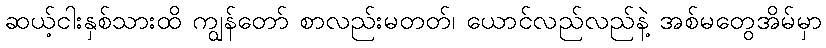
ဆယ့်ငါးနှစ်သားထိ ကျွန်တော် စာလည်းမတတ်၊ ယောင်လည်လည်နဲ့ အစ်မတွေအိမ်မှာ